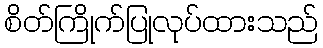
စိတ်ကြိုက်ပြုလုပ်ထားသည်